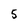
Character: 5